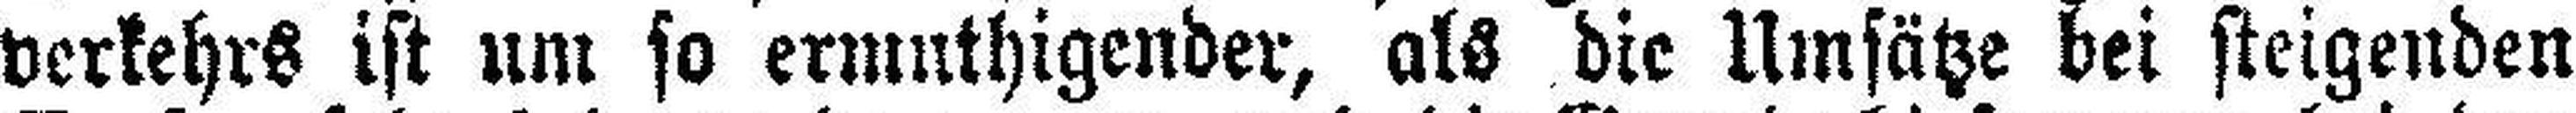
verkehrs ist um so ermuthigender, als die Umsätze bei steigenden